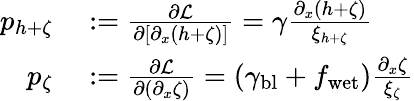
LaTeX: \begin{array}{rl}{p_{h+\zeta}}&{{}:=\frac{\partial\mathcal{L}}{\partial[\partial_{x}(h+\zeta)]}=\gamma\frac{\partial_{x}(h+\zeta)}{\xi_{h+\zeta}}}\\ {p_{\zeta}}&{{}:=\frac{\partial\mathcal{L}}{\partial(\partial_{x}\zeta)}=(\gamma_{\mathrm{bl}}+f_{\mathrm{wet}})\frac{\partial_{x}\zeta}{\xi_{\zeta}}}\end{array}